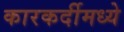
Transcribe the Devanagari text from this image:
कारकर्दीमध्ये